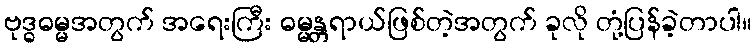
ဗုဒ္ဓဓမ္မအတွက် အရေးကြီး ဓမ္မန္တရာယ်ဖြစ်တဲ့အတွက် ခုလို တုံ့ပြန်ခဲ့တာပါ။